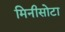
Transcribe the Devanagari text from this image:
मिनीसोटा